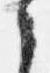
之